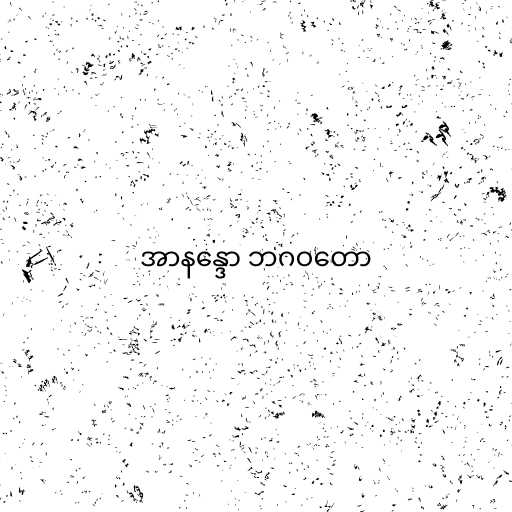
အာနန္ဒော ဘဂဝတော